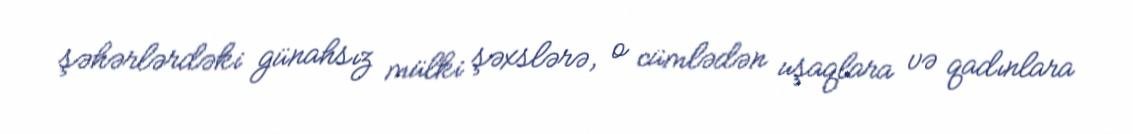
şəhərlərdəki günahsız mülki şəxslərə, o cümlədən uşaqlara və qadınlara